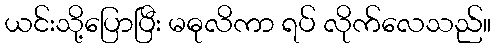
ယင်းသို့ပြောပြီး မဓုလိကာ ရပ် လိုက်လေသည်။